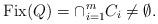
LaTeX: \begin{align*}\mathrm{Fix}(Q)=\cap_{i=1}^{m}C_{i}\not=\emptyset.\end{align*}